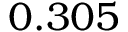
0 . 3 0 5